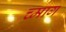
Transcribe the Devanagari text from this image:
च्माग